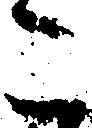
こ